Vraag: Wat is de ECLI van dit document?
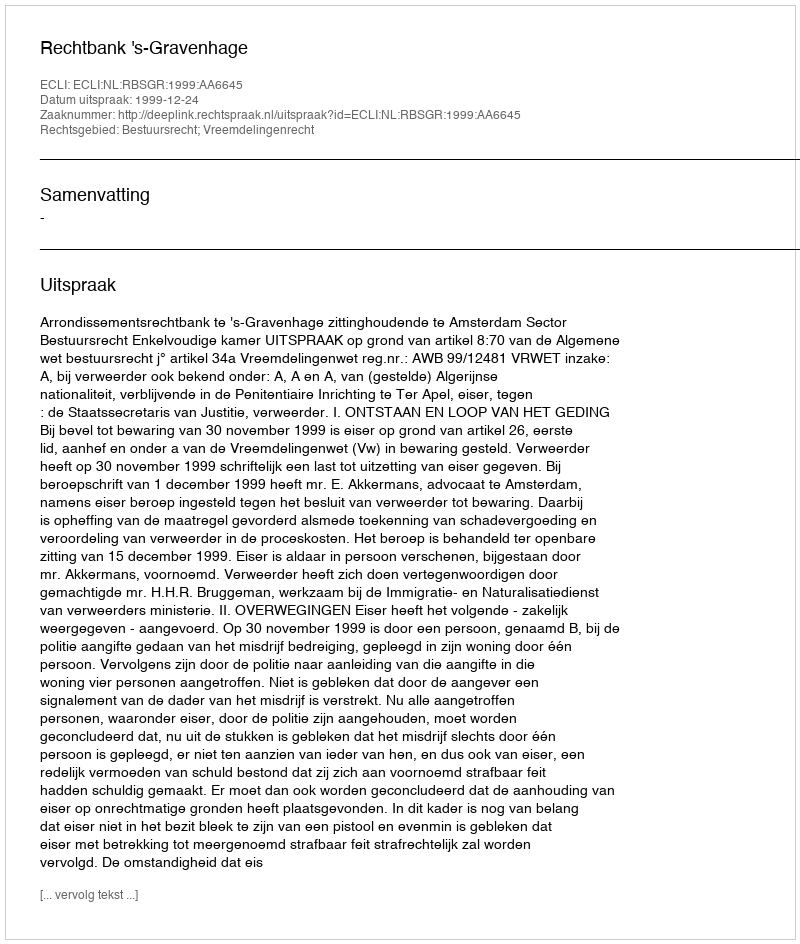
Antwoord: ECLI:NL:RBSGR:1999:AA6645